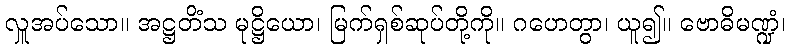
လှူအပ်သော။ အဋ္ဌတိံသ မုဋ္ဌိယော၊ မြက်ရှစ်ဆုပ်တို့ကို။ ဂဟေတွာ၊ ယူ၍။ ဗောဓိမဏ္ဍံ၊